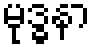
မုဒ္ဓနာ